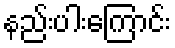
နည်းပါးကြောင်း